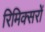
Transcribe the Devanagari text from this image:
रिमिक्सरों